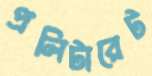
প্রলিটারেট